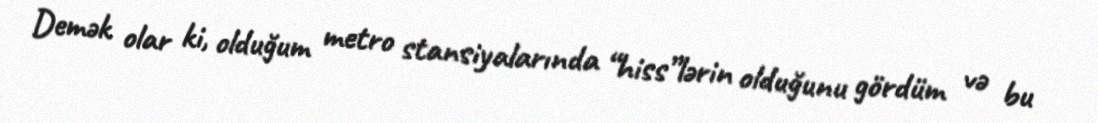
Demək olar ki, olduğum metro stansiyalarında “hiss”lərin olduğunu gördüm və bu